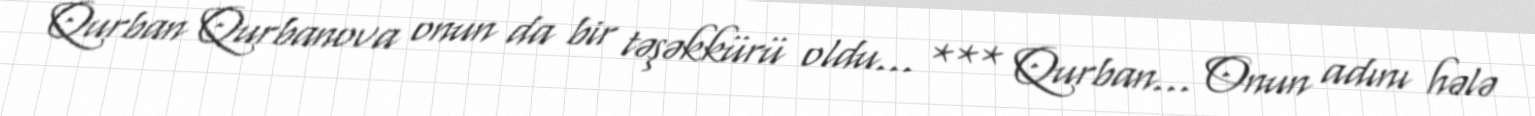
Qurban Qurbanova onun da bir təşəkkürü oldu... *** Qurban... Onun adını hələ